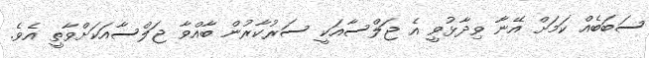
ސަބަބެއް ކަމަށް އޭނާ ވިދާޅުވީ އެ ޖަލްސާއަކީ ސަރުކާރުން ބާއްވާ ޖަލްސާއަކަށްވާތީ އެވެ.